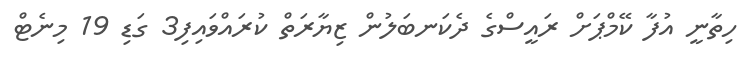
ހިތާނީ އުފާ ކޭމްޕަށް ރައީސްގެ ދެކަނބަލުން ޒިޔާރަތް ކުރައްވައިފި3 ގަޑި 19 މިނެޓް